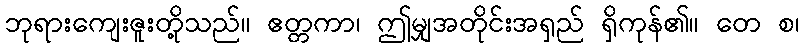
ဘုရားကျေးဇူးတို့သည်။ ဧတ္တကာ၊ ဤမျှအတိုင်းအရှည် ရှိကုန်၏။ တေ စ၊